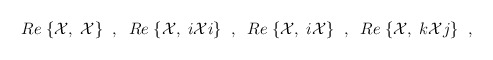
\begin{align*}Re \; \{{\cal X}, \; {\cal X} \} \; \; , \; \;Re \; \{{\cal X}, \; i{\cal X}i \} \; \; , \; \;Re \; \{{\cal X}, \; i{\cal X} \} \; \; , \; \;Re \; \{{\cal X}, \; k{\cal X}j \} \; \; ,\end{align*}